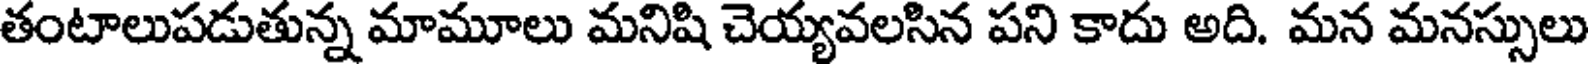
తంటాలుపడుతున్న మామూలు మనిషి చెయ్యవలసిన పని కాదు అది. మన మనస్సులు